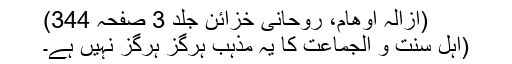
(ازالہ اوھام، روحانی خزائن جلد 3 صفحہ 344)
(اہل سنت و الجماعت کا یہ مذہب ہرگز ہرگز نہیں ہے۔